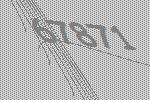
67871